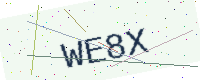
Text: WE8X